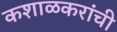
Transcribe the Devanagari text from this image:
कशाळकरांची